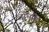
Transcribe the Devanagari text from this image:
लोभहिं